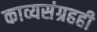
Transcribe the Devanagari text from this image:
काव्यसंग्रहही